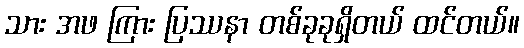
သား အဖ ကြား ပြဿနာ တစ်ခုခုရှိတယ် ထင်တယ်။